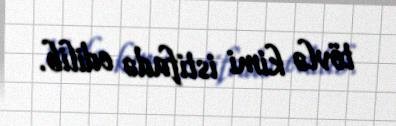
tövlə kimi istifadə edilib.